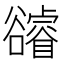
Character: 𧯕